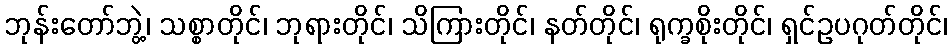
ဘုန်းတော်ဘွဲ့၊ သစ္စာတိုင်၊ ဘုရားတိုင်၊ သိကြားတိုင်၊ နတ်တိုင်၊ ရုက္ခစိုးတိုင်၊ ရှင်ဥပဂုတ်တိုင်၊